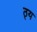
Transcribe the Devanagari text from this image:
ठ्य